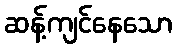
ဆန့်ကျင်နေသော